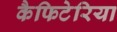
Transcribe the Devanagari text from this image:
कैफिटेरिया